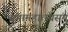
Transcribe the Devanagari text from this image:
गंगामहात्म्यसमु